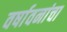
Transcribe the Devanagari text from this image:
वर्षावनांचा